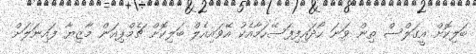
ބަލިކޮށް އީގަލްސް ތިން ވަނަ ހޯދައިފިފަސޭހަމާއެކު އޭވައިއެލް ބަލިކޮށް ޗެމްޕިއަން މާޒިޔާ ފައިނަލަށް